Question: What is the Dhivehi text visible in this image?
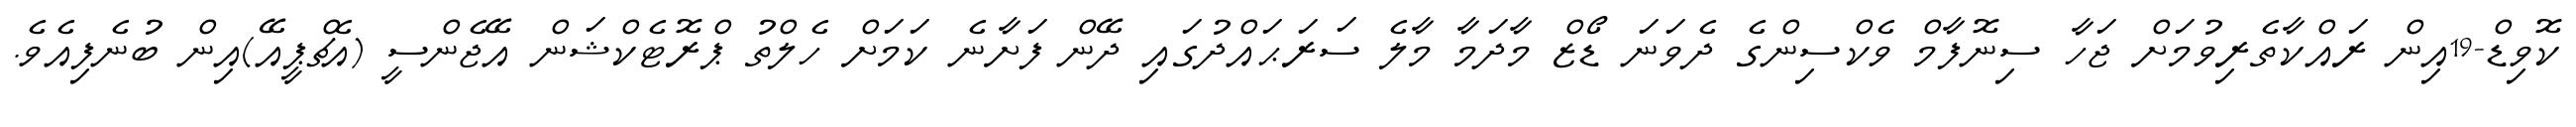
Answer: ކޮވިޑް-19އިން ރައްކާތެރިވުމަށް ޖަހާ ސިނޮފާމް ވެކްސިންގެ ދެވަނަ ޑޯޒް މާދަމާ މާލެ ސަރަޙައްދުގައި ދޭން ފަށާނެ ކަމަށް ހެލްތު ޕްރޮޓެކްޝަން އޭޖެންސީ (އެޗްޕީއޭ)އިން ބުނެފިއެވެ.